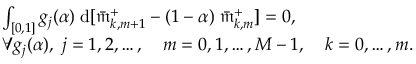
\begin{array} { r l } & { \int _ { [ 0 , 1 ] } g _ { j } ( \alpha ) \; \mathrm { d } [ \bar { \mathfrak { m } } _ { k , m + 1 } ^ { + } - ( 1 - \alpha ) \; \bar { \mathfrak { m } } _ { k , m } ^ { + } ] = 0 , } \\ & { \forall g _ { j } ( \alpha ) , \; j = 1 , 2 , \ldots , \ \ \ m = 0 , 1 , \ldots , M - 1 , \ \ \ k = 0 , \ldots , m . } \end{array}